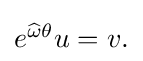
{\textstyle e^{{\widehat {\omega }}\theta }u=v.}